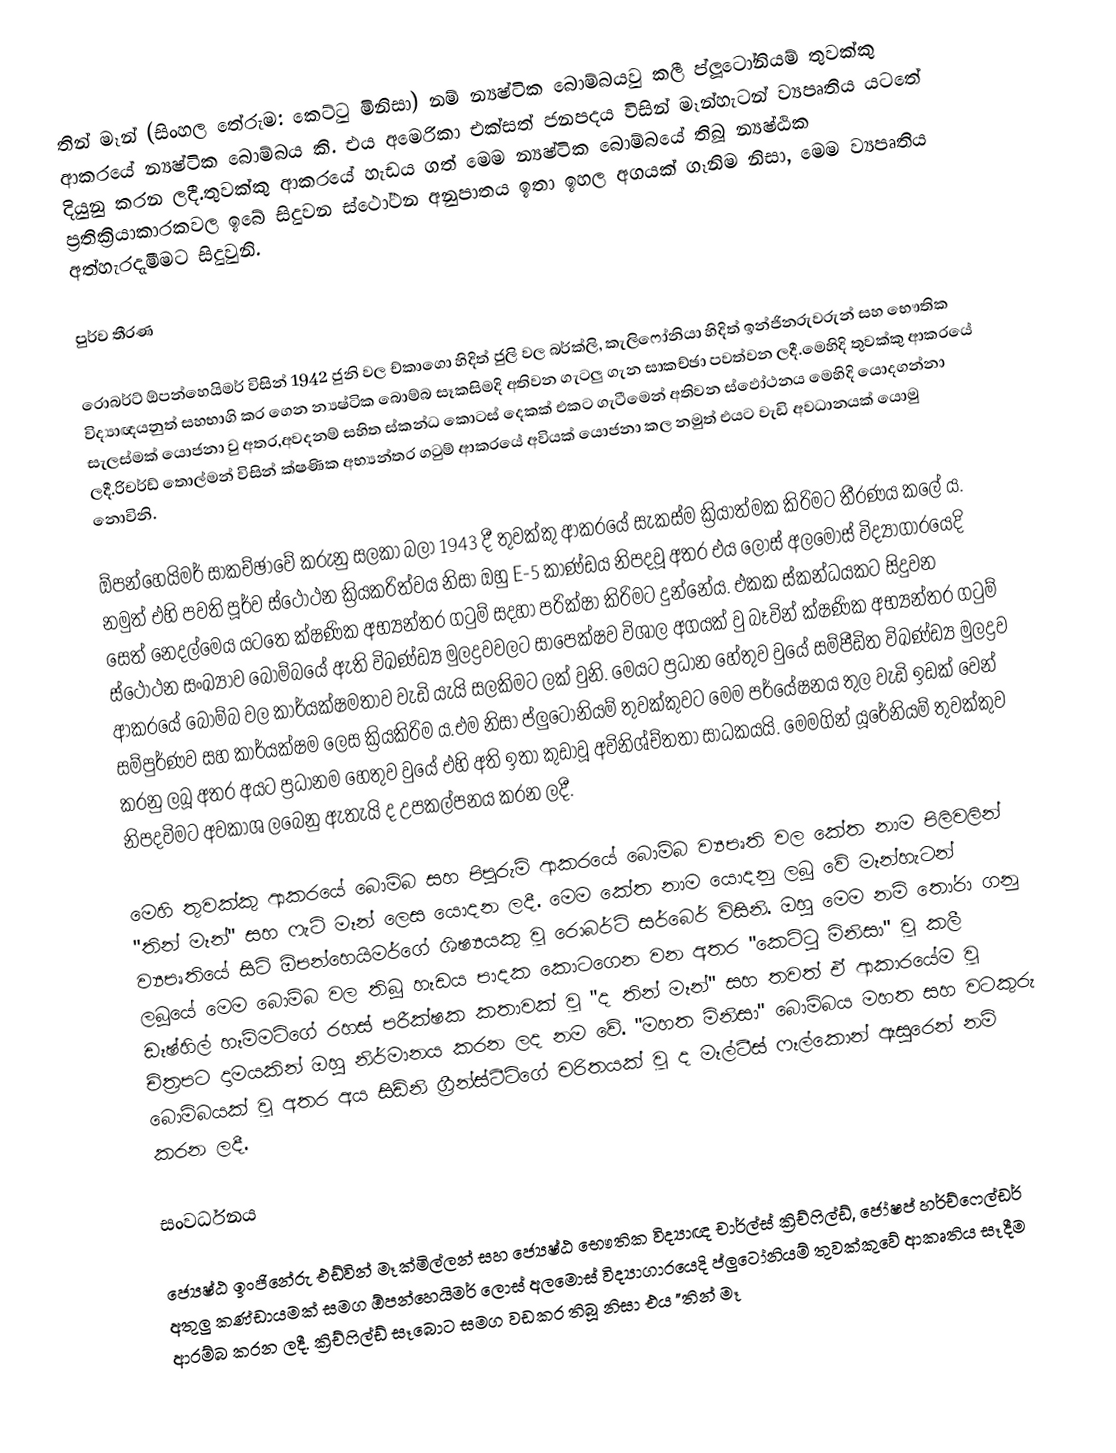
තින් මෑන් (සිංහල තේරුම: කෙට්ටු මිනිසා) නම් න්‍යෂ්ටික බොම්බයවු කලී ප්ලූටෝනියම් තුවක්කු ආකරයේ න්‍යෂ්ටික බොම්බය කි. එය අමෙරිකා එක්සත් ජනපදය විසින් මෑන්හැටන් ව්‍යපෘතිය යටතේ දියුනු කරන ලදී.තුවක්කු ආකරයේ හැඩය ගත් මෙම න්‍යෂ්ටික බොම්බයේ තිබූ න්‍යෂ්ඨික ප්‍රතික්‍රියාකාරකවල ඉබේ සිදුවන ස්ථෝථන අනුපාතය ඉතා ඉහල අගයක් ගෑනිම නිසා, මෙම ව්‍යපෘතිය අත්හැරදැමීමට සිදුවුනි.

පුර්ව තීරණ

රොබර්ට් ඕපන්හෙයිමර් විසින් 1942 ජුනි වල ච්කාගො හිදිත් ජුලි වල බර්ක්ලි, කැලිෆෝනියා හිදිත් ඉන්ජිනරුවරුන් සහ භෞතික විද්‍යාඥයනුත් සහභාගි කර ගෙන න්‍යෂ්ටික බොම්බ සෑකසිමදි අතිවන ගැටලු ගැන සාකච්ඡා පවත්වන ලදී.මෙහිදි තුවක්කු ආකරයේ සැලස්මක් යොජනා වු අතර,අවදනම් සහිත ස්කන්ධ කොටස් දෙකක් එකට ගැටීමෙන් අතිවන ස්ඵෝථනය මෙහිදි යොදගන්නා ලදී.රිචර්ඩ් තොල්මන් විසින් ක්ෂණික අභ්‍යන්තර ගටුම්  ආකරයේ අවියක් යොජනා කල නමුත් එයට වැඩි අවධානයක් යොමු නොවිනි.

ඕපන්හෙයිමර් සාකච්ඡාවේ කරුනු සලකා බලා  1943 දී තුවක්කු ආකරයේ සැකස්ම ක්‍රියාත්මක කිරිමට තීරණය කලේ ය.  නමුත් එහි පවති  පූර්ව ස්ථෝථන ක්‍රියකරිත්වය නිසා ඔහු E-5  කාණ්ඩය නිපදවූ අතර එය ලොස් අලමොස් විද්‍යාගාරයෙදි සෙත් නෙදල්මෙය යටතෙ ක්ෂණික අභ්‍යන්තර ගටුම් සදහා පරික්ෂා කිරිමට දුන්නේය. එකක ස්කන්ධයකට සිදුවන ස්ථෝථන සංඛ්‍යාව බොම්බයේ ඇති විඛණ්ඩ්‍ය මුලද්‍රවවලට සාපෙක්ෂව විශාල අගයක් වු බෑවින්  ක්ෂණික අභ්‍යන්තර ගටුම් ආකරයේ බොම්බ වල කාර්යක්ෂමතාව වැඩි යැයි සලකිමට ලක් වුනි. මෙයට ප්‍රධාන හේතුව වුයේ සම්පීඩිත විඛණ්ඩ්‍ය මුලද්‍රව සම්පුර්ණව සහ කාර්යක්ෂම ලෙස ක්‍රියකිරිම ය.එම නිසා ප්ලුටෝනියම් තුවක්කුවට මෙම පර්යේෂනය තුල වැඩි ඉඩක් වෙන් කරනු ලබූ අතර අයට ප්‍රධානම හෙතුව වුයේ එහි අති ඉතා කුඩාවූ අවිනිශ්ච්තතා සාධකයයි. මෙමගින් යූරේනියම් තුවක්කුව නිපදවිමට අවකාශ ලබෙනු ඇතැයි ද උපකල්පනය කරන ලදී.

මෙහි තුවක්කු ආකරයේ බොම්බ සහ පිපුරුම් ආකරයේ බොම්බ ව්‍යපෘති වල කේත නාම පිලිවලින් "තින් මෑන්" සහ ෆැට් මෑන් ලෙස යොදන ලදී. මෙම කේත නාම යොදනු ලබූ වේ මෑන්හැටන් ව්‍යපෘතියේ සිටි ඕපන්හෙයිමර්ගේ ශිෂ්‍යයකු වූ රොබර්ට් සර්බෙර් විසිනි. ඔහු මෙම නම් තෝරා ගනු ලබූයේ මෙම බොම්බ වල තිබූ හෑඩය පාදක කොටගෙන වන අතර "කෙට්ටු මිනිසා" වූ කලී ඩෑෂ්හිල් හෑම්මට්ගේ රහස් පරීක්ෂක කතාවක් වූ "ද තින් මෑන්" සහ තවත් ඒ ආකාරයේම වූ ච්ත්‍රපට දාමයකින් ඔහු නිර්මානය කරන ලද නම වේ. "මහත මිනිසා" බොම්බය මහත සහ වටකුරු බොම්බයක් වූ අතර අය සිඩ්නි ග්‍රීන්ස්ටීට්ගේ චරිතයක් වූ ද මෑල්ටීස් ෆෑල්කොන් ඈසුරෙන් නම් කරන ලදී.

සංවර්ධනය

ජ්‍යෙෂ්ඨ ඉංජිනේරු එඩ්වින් මෑක්මිල්ලන් සහ ජ්‍යෙෂ්ඨ භෞතික විද්‍යාඥ චාර්ල්ස් ක්‍රිච්ෆිල්ඩ්, ජෝෂප් හර්ච්ෆෙල්ඩර් අතුලු කණ්ඩායමක් සමග ඕපන්හෙයිමර් ලොස් අලමොස් විද්‍යාගාරයෙදි ප්ලුටෝනියම් තුවක්කුවේ ආකෘතිය සෑදීම ආරම්බ කරන ලදී. ක්‍රිච්ෆිල්ඩ් සෑබොට සමග වඩකර තිබූ නිසා එය "තින් මෑ